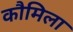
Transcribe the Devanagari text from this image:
कौमिला